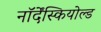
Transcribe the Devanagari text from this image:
नॉर्देंस्कियोल्ड